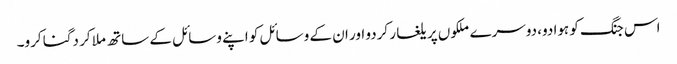
اس جنگ کو ہوا دو، دوسرے ملکوں پر یلغار کردو اور ان کے وسائل کو اپنے وسائل کے ساتھ ملا کر دگنا کرو۔